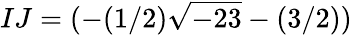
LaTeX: IJ=(-(1/2){\sqrt{-23}}-(3/2))